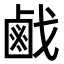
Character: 𢧽